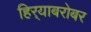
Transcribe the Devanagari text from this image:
हिर्‍याबरोबर